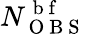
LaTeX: N_{\mathrm{~O~B~S~}}^{\mathrm{~b~f~}}